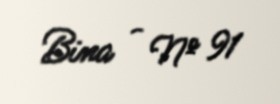
Bina - № 91